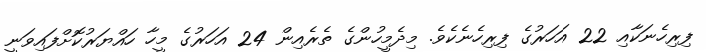
ފިރިހެނަކާއި 22 އަހަރުގެ ފިރިހެނެކެވެ. މިދެމީހުންގެ ތެރެއިން 24 އަހަރުގެ މީހާ ހައްޔަރުކޮށްފައިވަނީ